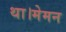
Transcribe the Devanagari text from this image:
था।मेमन